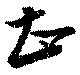
甚